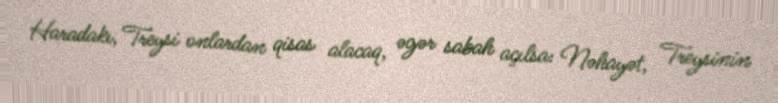
Haradakı, Treysi onlardan qisas alacaq, əgər sabah açılsa: Nəhayət, Treysinin